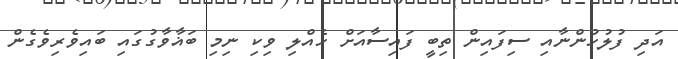
އަދި ފުލުހުންނާއި ސިފައިން ތިބީ ފައިސާއަށް ހެއްލި ވިކި ނިމި ބަޣާވާގުގައި ބައިވެރިވެގެން